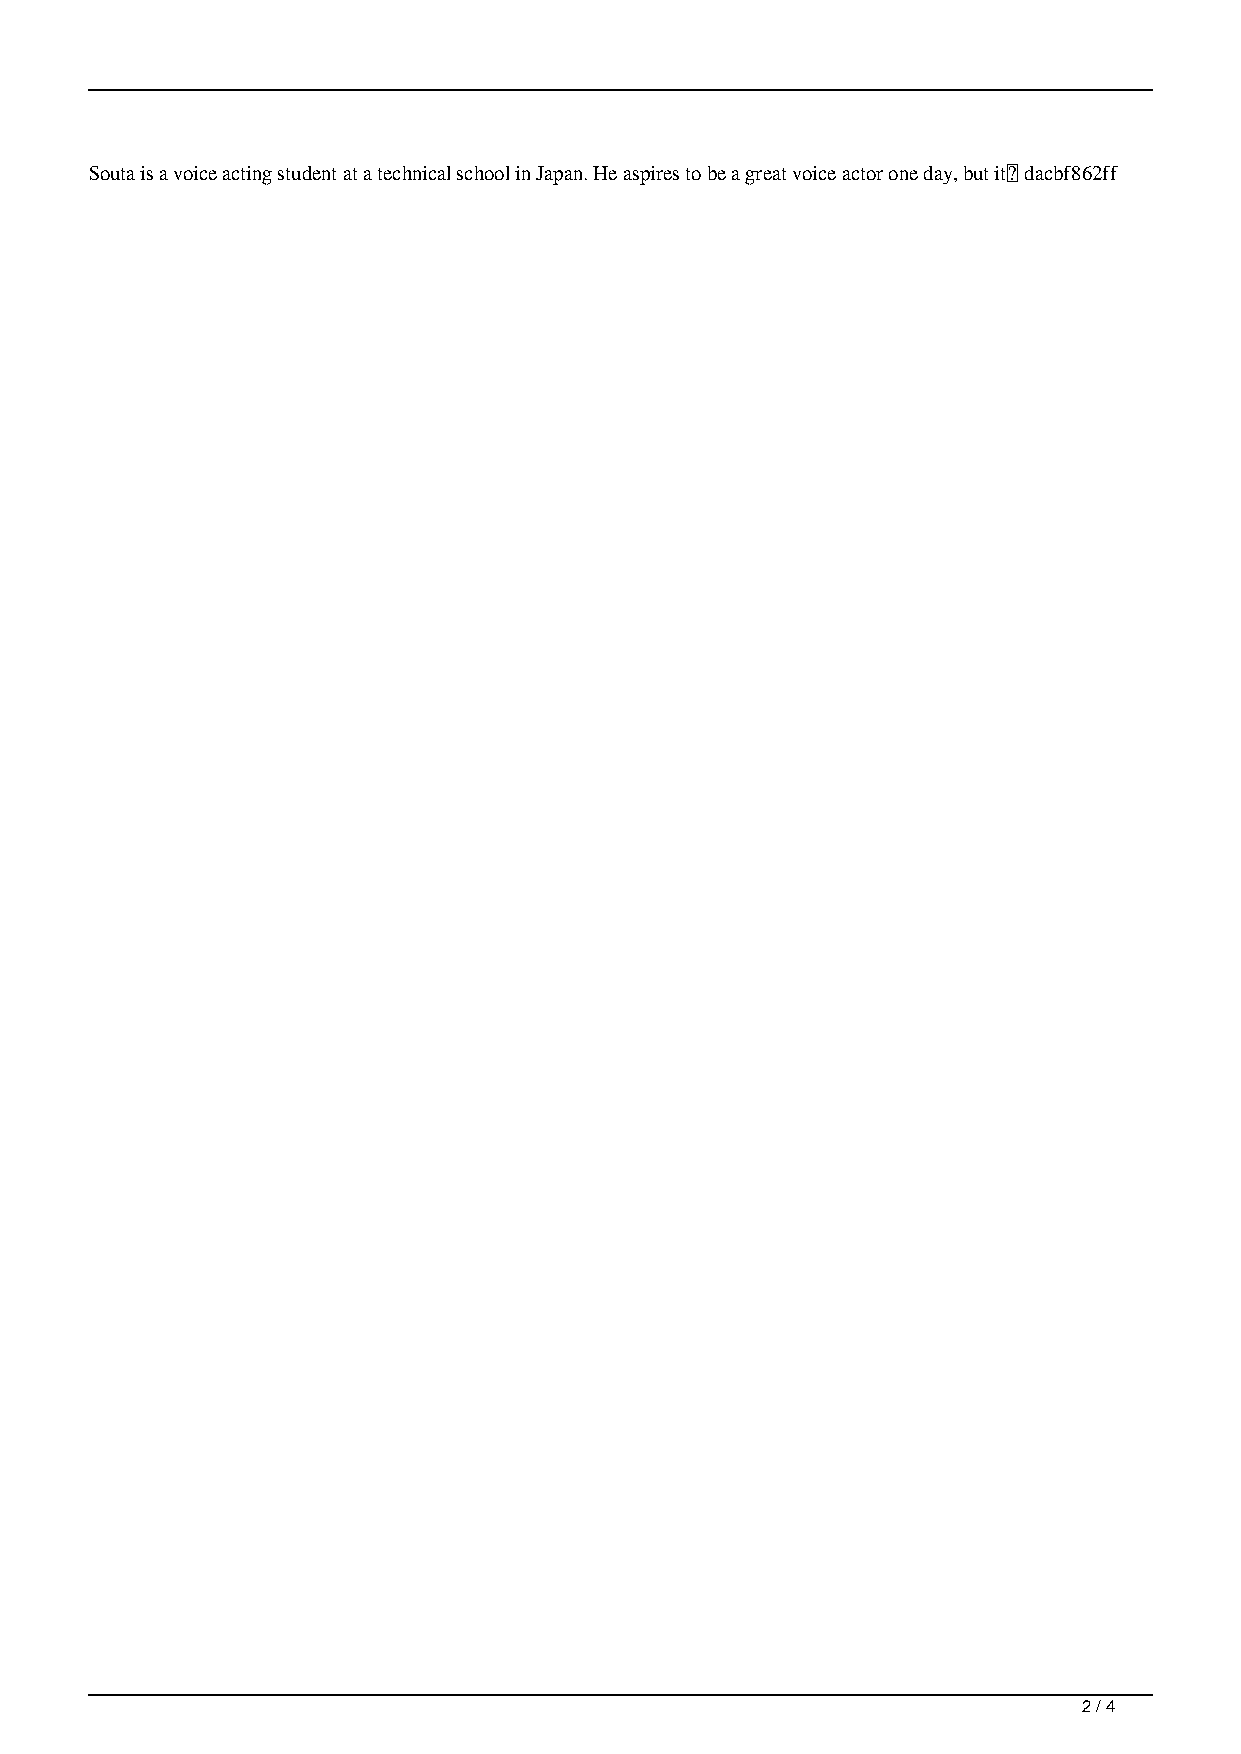
Souta is a voice acting student at a technical school in Japan. He aspires to be a great voice actor one day, but it창 dacbf862ff
 2 / 4